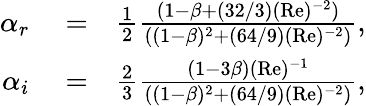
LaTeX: \begin{array}{rlr}{\alpha_{r}}&{{}=}&{\frac{1}{2}\frac{(1-\beta+(32/3)(\mathrm{Re})^{-2})}{((1-\beta)^{2}+(64/9)(\mathrm{Re})^{-2})},}\\ {\alpha_{i}}&{{}=}&{\frac{2}{3}\frac{(1-3\beta)(\mathrm{Re})^{-1}}{((1-\beta)^{2}+(64/9)(\mathrm{Re})^{-2})},}\end{array}